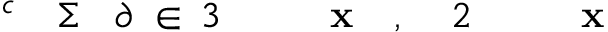
\! \! \! \! \! \! \! \! \! \! \! \mathbf { x } \! \! \! \! \! \! \! \! \! \! \! \! _ { \! } \! \! \! \! \! \! \! \! \! \! \! 2 \! \! \! \! \! \! \! \! \! \! \! \! , \! \! \! \! \! \! \! \! \! \! \! \! \mathbf { x } \! \! \! \! \! \! \! \! \! \! \! \! _ { \! } \! \! \! \! \! \! \! \! \! \! \! 3 \! \! \! \! \! \! \! \! \! \! \! \! \in \! \! \! \! \! \! \! \! \! \! \! \! \partial \! \! \! \! \! \! \! \! \! \! \! \! \Sigma \! \! \! \! \! \! \! \! \! \! \! \! ^ { c } \! \! \! \! \! \! \! \! \! \! \!